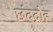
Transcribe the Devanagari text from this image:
छंदद्रोह